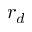
r _ { d }